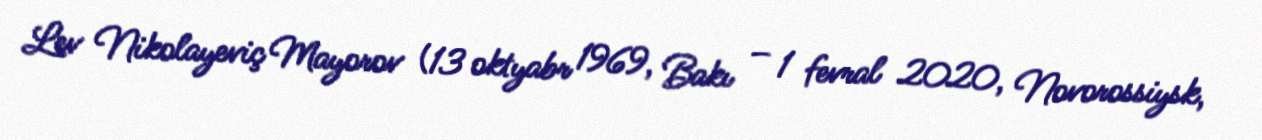
Lev Nikolayeviç Mayorov (13 oktyabr 1969, Bakı – 1 fevral 2020, Novorossiysk,